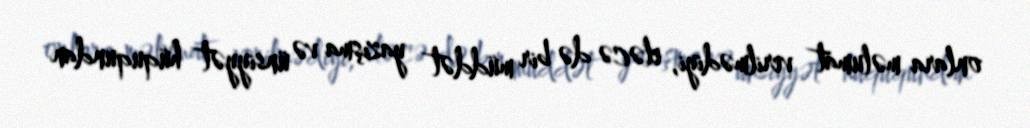
onlara məlumat verilmədiyi, eləcə də bir müddət yazışma və ünsiyyət hüququndan